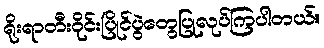
ရိုးရာတီးဝိုင်းပြိုင်ပွဲတွေပြုလုပ်ကြပါတယ်။